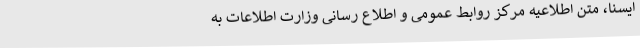
ایسنا، متن اطلاعیه مرکز روابط عمومی و اطلاع رسانی وزارت اطلاعات به